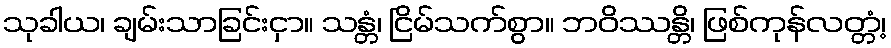
သုခါယ၊ ချမ်းသာခြင်းငှာ။ သန္တံ၊ ငြိမ်သက်စွာ။ ဘဝိဿန္တိ၊ ဖြစ်ကုန်လတ္တံ့၊